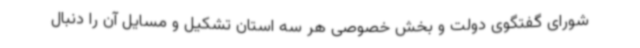
شورای گفتگوی دولت و بخش خصوصی هر سه استان تشکیل و مسایل آن را دنبال